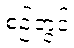
စဉ်တွင်